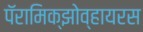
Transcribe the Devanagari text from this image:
पॅरामिक्झोव्हायरस